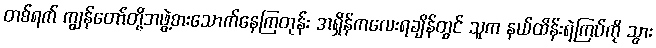
တစ်ရက် ကျွန်တော်တို့အဖွဲ့စားသောက်နေကြတုန်း အရှိန်ကလေးရချိန်တွင် သူက နယ်ထိန်းရဲကြပ်ကို သွား